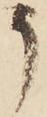
う